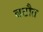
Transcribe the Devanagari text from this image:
बटौत